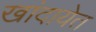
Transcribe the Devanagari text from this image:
खांदायेत